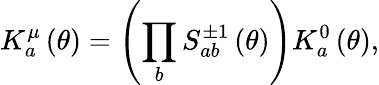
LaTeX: K_{a}^{\mu}\left(\theta\right)=\left(\prod_{b}S_{ab}^{\pm 1}\left(\theta\right)\right)K_{a}^{0}\left(\theta\right),